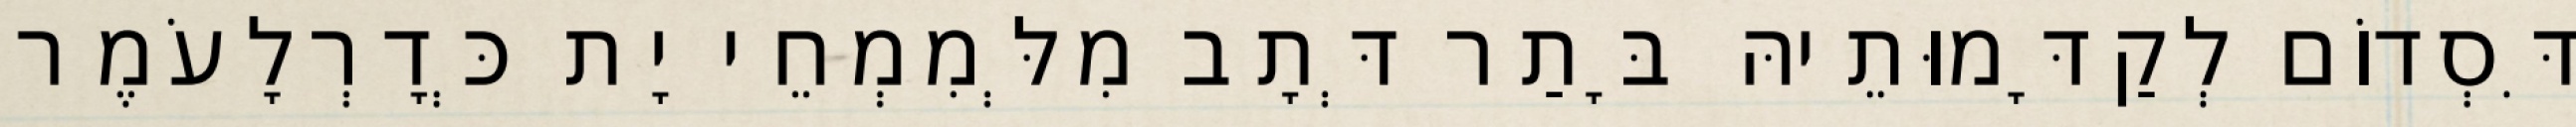
דִּסְדוֹם לְקַדָּמוּתֵיהּ בָּתַר דְּתָב מִלְּמִמְחֵי יָת כְּדָרְלָעֹמֶר